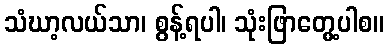
သံဃာ့လယ်သာ၊ စွန့်ရပါ၊ သုံးဖြာတွေ့ပါစ။